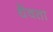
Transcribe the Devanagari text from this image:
धेवता